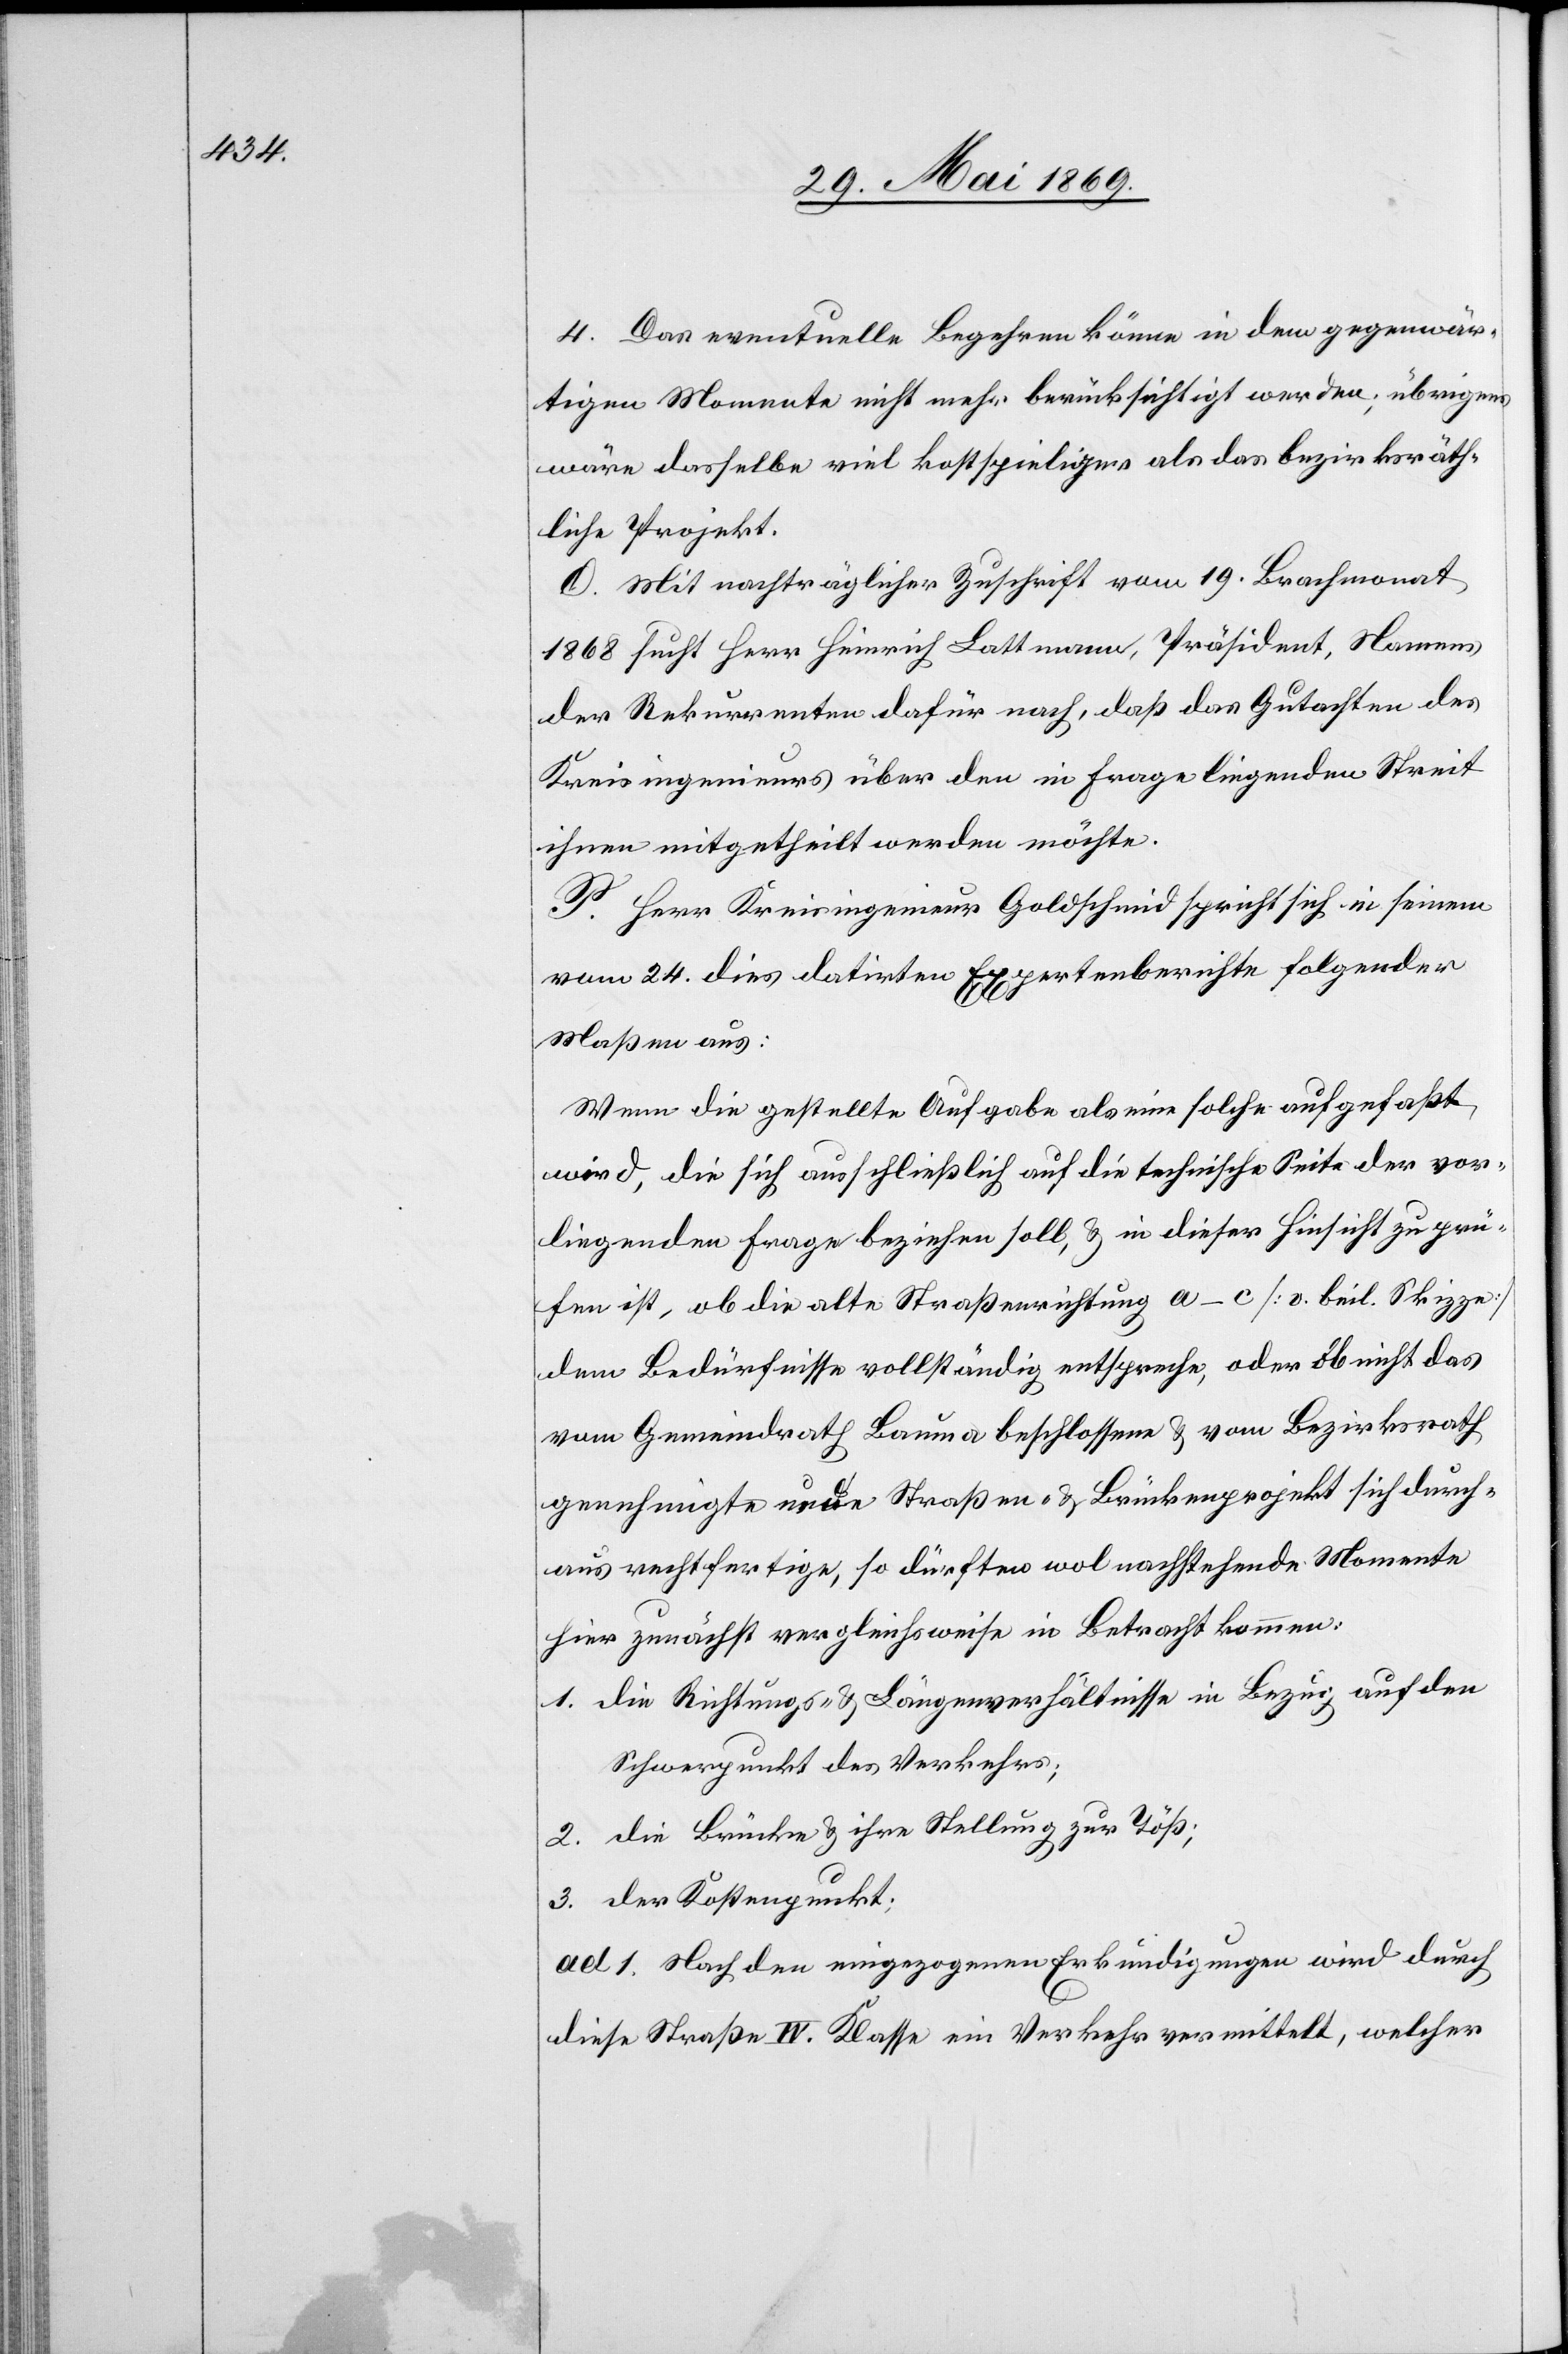
4. Das eventuelle Begehren könne in dem gegenwär¬
tigen Momente nicht mehr berücksichtigt werden, übrigens
wäre dasselbe viel kostspieliger als das bezirksräth¬
liche Projekt.
O. Mit nachträglicher Zuschrift vom 19. Brachmonat
1868 sucht Herr Heinrich Lattmann, Präsident, Namens
der Rekurrenten dafür nach, daß das Gutachten des
Kreisingenieurs über den in Frage liegenden Streit
ihnen mitgetheilt werden möchte.
P. Herr Kreisingenieur Goldschmid spricht sich in seinem
vom 24. dies datirten Expertenberichte folgender
Maßen aus:
Wenn die gestellte Aufgabe als eine solche aufgefaßt
wird, die sich ausschließlich auf die technische Seite der vor¬
liegenden Frage beziehen soll, u. in dieser Hinsicht zu prü¬
fen ist, ob die alte Straßenrichtung a–c [s. beil. Skizze]
dem Bedürfnisse vollständig entspreche, oder ob nicht das
vom Gemeindrath Bauma beschlossene u. vom Bezirksrath
genehmigte neue Straßen- u. Brückenprojekt sich durch¬
aus rechtfertige, so dürften wol nachstehende Momente
hier zunächst vergleichsweise in Betracht kommen:
1. Die Richtungs- u. Längenverhältnisse in Bezug auf den
Schwerpunkt des Verkehrs;
2. Die Brücke u. ihre Stellung zur Töß;
3. Der Kostenpunkt;
ad 1. Nach den eingegangenen Erkundigungen wird durch
diese Straße IV. Klasse ein Verkehr vermittelt, welcher